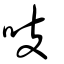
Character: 吱